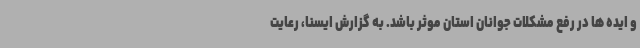
و ایده ها در رفع مشکلات جوانان استان موثر باشد. به گزارش ایسنا، رعایت